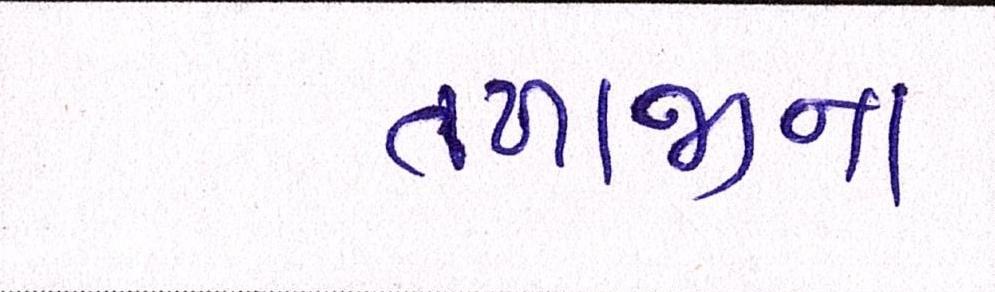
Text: તળાજાના